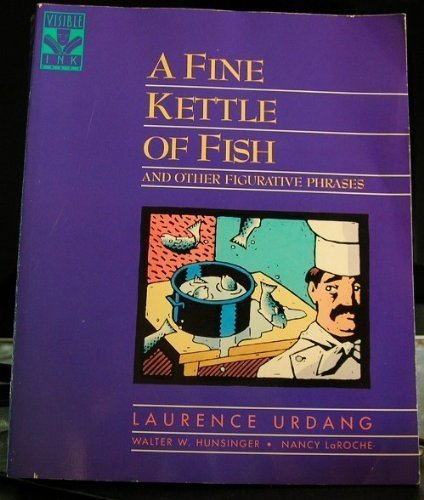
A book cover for A Fine Kettle of Fish and Other Figurative Phrases; Laurence Urdang; Reference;